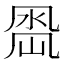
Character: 𭂵